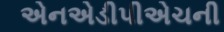
એનએડીપીએચની